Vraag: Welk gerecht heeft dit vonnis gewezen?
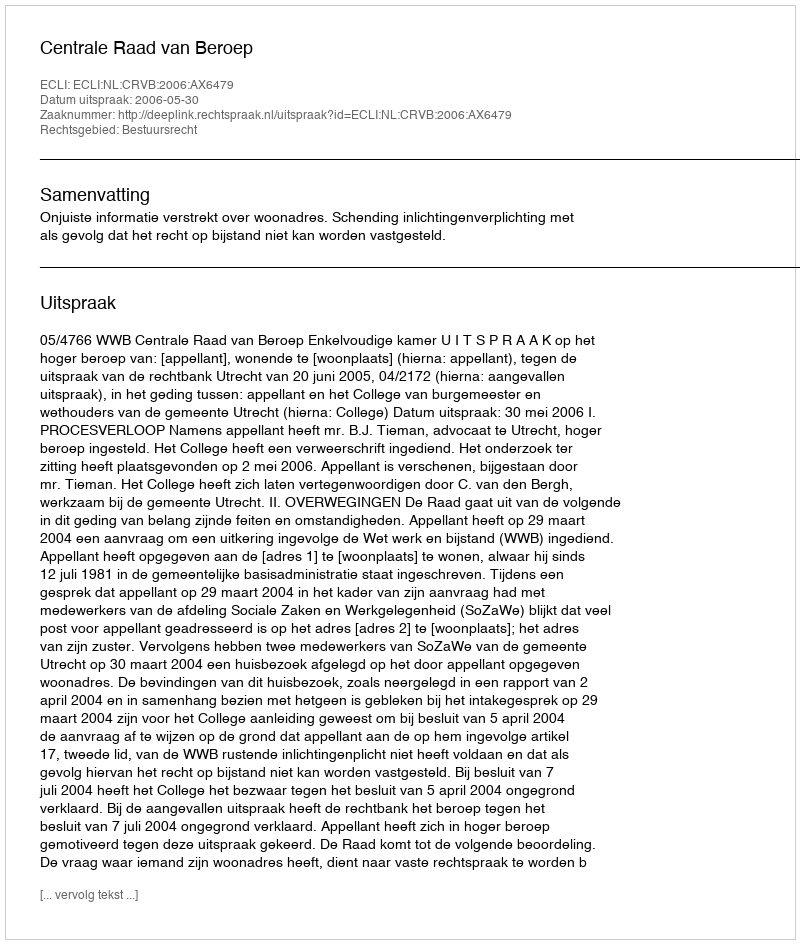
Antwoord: Centrale Raad van Beroep